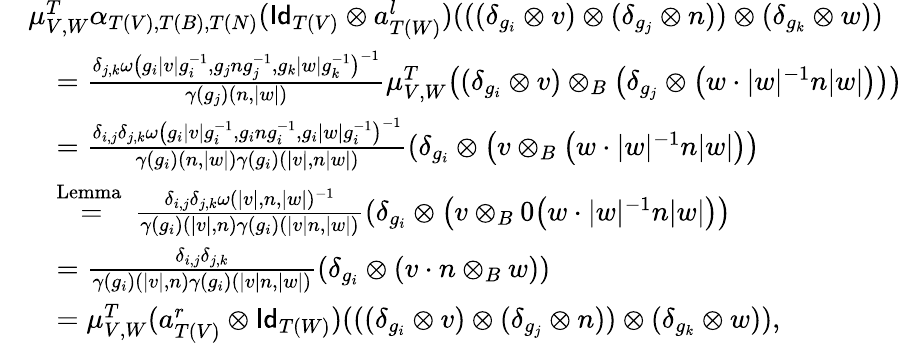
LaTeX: \begin{array}{rl}&{\mu_{V,W}^{T}\alpha_{T(V),T(B),T(N)}(\mathsf{Id}_{T(V)}\otimes a_{T(W)}^{l})(((\delta_{g_{i}}\otimes v)\otimes(\delta_{g_{j}}\otimes n))\otimes(\delta_{g_{k}}\otimes w))}\\ &{\quad=\frac{\delta_{j,k}\omega\big(g_{i}|v|g_{i}^{-1},g_{j}ng_{j}^{-1},g_{k}|w|g_{k}^{-1}\big)^{-1}}{\gamma(g_{j})(n,|w|)}\mu_{V,W}^{T}\big((\delta_{g_{i}}\otimes v)\otimes_{B}\big(\delta_{g_{j}}\otimes\big(w\cdot|w|^{-1}n|w|\big)\big)\big)}\\ &{\quad=\frac{\delta_{i,j}\delta_{j,k}\omega\big(g_{i}|v|g_{i}^{-1},g_{i}ng_{i}^{-1},g_{i}|w|g_{i}^{-1}\big)^{-1}}{\gamma(g_{i})(n,|w|)\gamma(g_{i})(|v|,n|w|)}(\delta_{g_{i}}\otimes\big(v\otimes_{B}\big(w\cdot|w|^{-1}n|w|\big)\big)}\\ &{\quad\stackrel{\mathrm{Lemma~}}{=}\frac{\delta_{i,j}\delta_{j,k}\omega(|v|,n,|w|)^{-1}}{\gamma(g_{i})(|v|,n)\gamma(g_{i})(|v|n,|w|)}(\delta_{g_{i}}\otimes\big(v\otimes_{B}0\big(w\cdot|w|^{-1}n|w|\big)\big)}\\ &{\quad=\frac{\delta_{i,j}\delta_{j,k}}{\gamma(g_{i})(|v|,n)\gamma(g_{i})(|v|n,|w|)}(\delta_{g_{i}}\otimes(v\cdot n\otimes_{B}w))}\\ &{\quad=\mu_{V,W}^{T}(a_{T(V)}^{r}\otimes\mathsf{Id}_{T(W)})(((\delta_{g_{i}}\otimes v)\otimes(\delta_{g_{j}}\otimes n))\otimes(\delta_{g_{k}}\otimes w)),}\end{array}